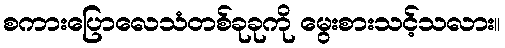
စကားပြောလေသံတစ်ခုခုကို မွေးစားသင့်သလား။